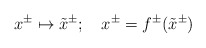
\begin{align*}x^\pm \mapsto \tilde x^\pm ;~~~x^\pm =f^\pm(\tilde x^\pm)\end{align*}